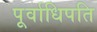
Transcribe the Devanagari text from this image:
पूर्वाधिपति